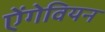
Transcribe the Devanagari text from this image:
ऐंगेवियन